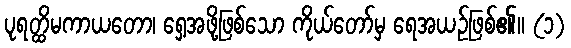
ပုရတ္ထိမကာယတော၊ ရှေ့အဖို့ဖြစ်သော ကိုယ်တော်မှ ရေအယဉ်ဖြစ်၏။ (၁)